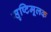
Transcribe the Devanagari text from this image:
सृष्टिमूलक